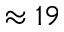
\approx 1 9